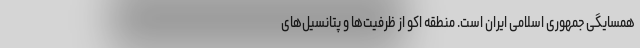
همسایگی جمهوری اسلامی ایران است. منطقه اکو از ظرفیت‌ها و پتانسیل‌های